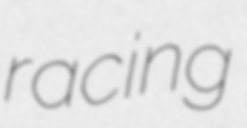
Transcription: racing